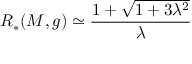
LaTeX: R _ { * } ( M , g ) \simeq \frac { 1 + \sqrt { 1 + 3 \lambda ^ { 2 } } } { \lambda }